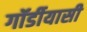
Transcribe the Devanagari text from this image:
गॉर्डीयासी